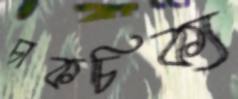
চাকচিক্য